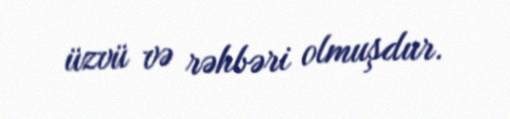
üzvü və rəhbəri olmuşdur.